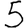
Digit: 5